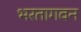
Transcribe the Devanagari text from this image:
भरतागवन